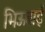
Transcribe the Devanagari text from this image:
भिऊबाई